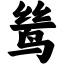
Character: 鸶